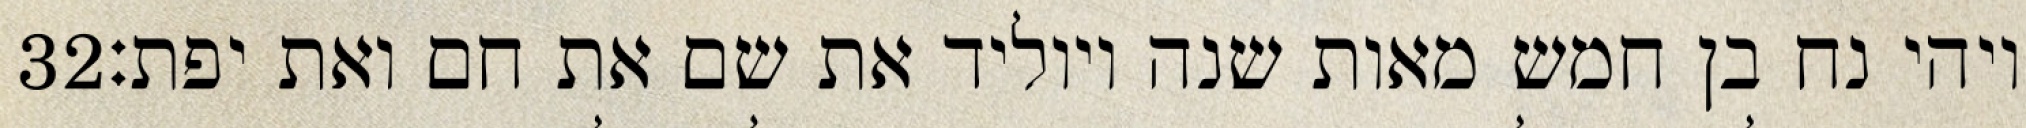
‎32‏ ויהי נח בן חמש מאות שנה ויוליד את שם את חם ואת יפת׃